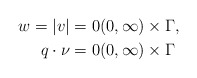
\begin{align*}w = |v| &= 0 (0, \infty) \times \Gamma, \\q \cdot \nu &= 0 (0, \infty) \times \Gamma\end{align*}